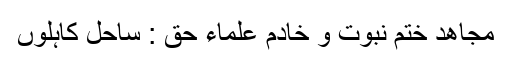
مجاھد ختم نبوت و خادم علماء حق : ساحل کاہلوں